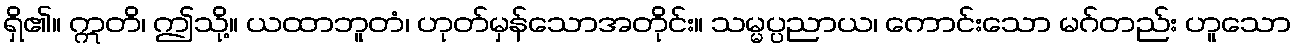
ရှိ၏။ ဣတိ၊ ဤသို့။ ယထာဘူတံ၊ ဟုတ်မှန်သောအတိုင်း။ သမ္မပ္ပညာယ၊ ကောင်းသော မဂ်တည်း ဟူသော